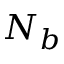
N _ { b }